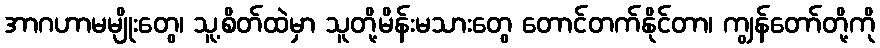
အာဂဟာမမျိုးတွေ၊ သူ့စိတ်ထဲမှာ သူတို့မိန်းမသားတွေ တောင်တက်နိုင်တာ၊ ကျွန်တော်တို့ကို